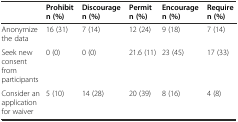
<table><thead><tr><td></td><td><b>Prohibit n (%)</b></td><td><b>Discourage n (%)</b></td><td><b>Permit n (%)</b></td><td><b>Encourage n (%)</b></td><td><b>Require n (%)</b></td></tr></thead><tbody><tr><td>Anonymize the data</td><td>16 (31)</td><td>7 (14)</td><td>12 (24)</td><td>9 (18)</td><td>7 (14)</td></tr><tr><td>Seek new consent from participants</td><td>0 (0)</td><td>0 (0)</td><td>21.6 (11)</td><td>23 (45)</td><td>17 (33)</td></tr><tr><td>Consider an application for waiver</td><td>5 (10)</td><td>14 (28)</td><td>20 (39)</td><td>8 (16)</td><td>4 (8)</td></tr></tbody></table>